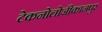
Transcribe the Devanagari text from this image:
टेकनोलोजीकानपुर